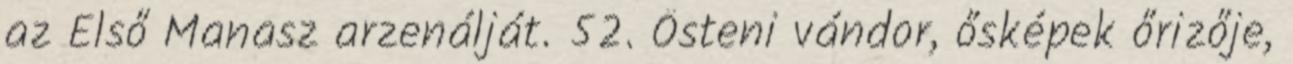
az Első Manasz arzenálját. 52. Ősteni vándor, ősképek őrizője,